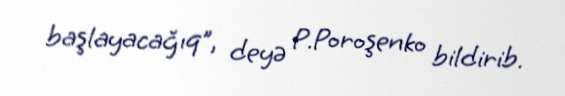
başlayacağıq”, deyə P.Poroşenko bildirib.